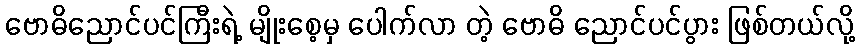
ဗောဓိညောင်ပင်ကြီးရဲ့ မျိုးစေ့မှ ပေါက်လာ တဲ့ ဗောဓိ ညောင်ပင်ပွား ဖြစ်တယ်လို့